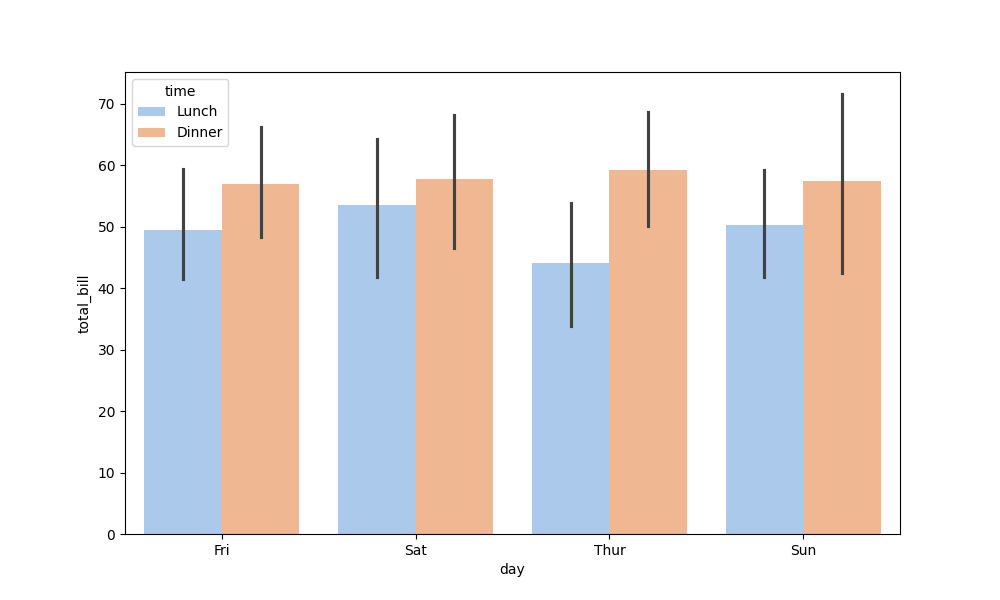
python, seaborn, barplot, hue='time', palette='pastel', ci=95, orient='v'